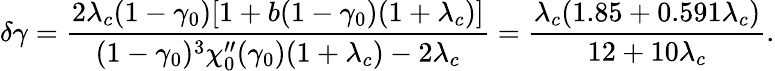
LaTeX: \delta\gamma=\frac{2\lambda_{c}(1-\gamma_{0})[1+b(1-\gamma_{0})(1+\lambda_{c})]}{(1-\gamma_{0})^{3}\chi_{0}^{\prime\prime}(\gamma_{0})(1+\lambda_{c})-2\lambda_{c}}=\frac{\lambda_{c}(1.85+0.591\lambda_{c})}{12+10\lambda_{c}}.